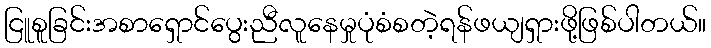
ငြူစူခြင်းအစာရှောင်ပွေးညီလူနေမှုပုံစံစတဲ့ရန်ဖယျရှားဖို့ဖြစ်ပါတယ်။